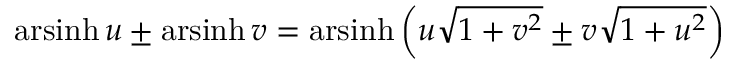
\operatorname { a r s i n h } u \pm \operatorname { a r s i n h } v = \operatorname { a r s i n h } \left( u { \sqrt { 1 + v ^ { 2 } } } \pm v { \sqrt { 1 + u ^ { 2 } } } \right)